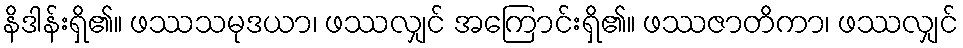
နိဒါန်းရှိ၏။ ဖဿသမုဒယာ၊ ဖဿလျှင် အကြောင်းရှိ၏။ ဖဿဇာတိကာ၊ ဖဿလျှင်